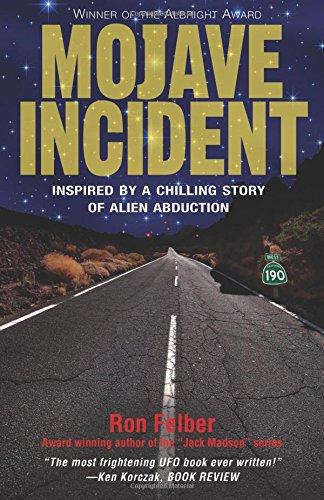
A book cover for Mojave Incident: Inspired by a Chilling Story of Alien Abduction; Ron Felber; Science & Math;